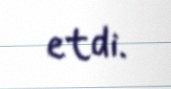
etdi.